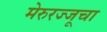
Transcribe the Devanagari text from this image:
मेरुरज्जूचा